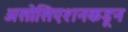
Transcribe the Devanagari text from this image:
असोसिएशनकडून